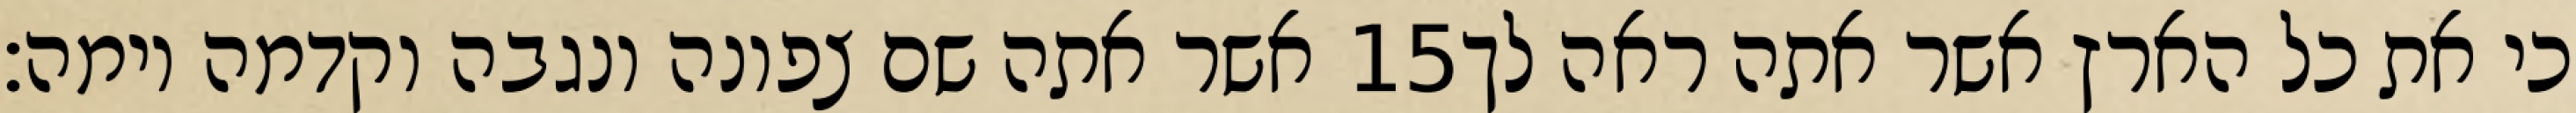
אשר אתה שם צפונה ונגבה וקדמה וימה׃ ‎15‏ כי את כל הארץ אשר אתה ראה לך